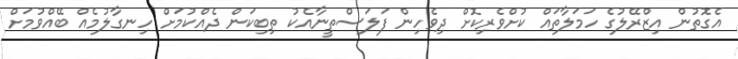
އެގޮތުން އިޒްރޭލުގެ ހަމަލާތައް ކުށްވެރިކޮށް ދިވެހިން ފަލަސްތީނާއެކު ތިބިކަން ދެއްކުމަށް ހިނގާލުމެއް ބޭއްވުމަށް